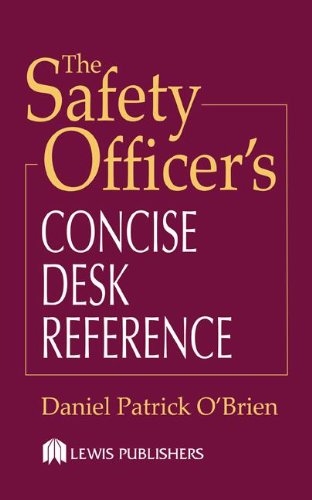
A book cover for The Safety Officer's Concise Desk Reference; Daniel Patrick O'Brien; Law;